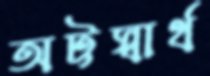
অট্টস্বার্থ